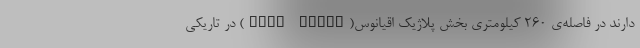
دارند در فاصله‌ی ۲۶۰ کیلومتری بخش پلاژیک اقیانوس(open ocean) در تاریکی